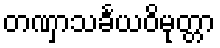
တဏှာသင်္ခယဝိမုတ္တာ